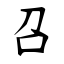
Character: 召